Report of the Municipal Commissioner on the plague in Bombay for the year ending 31st May... - Volume 3
Disease focus: Plague
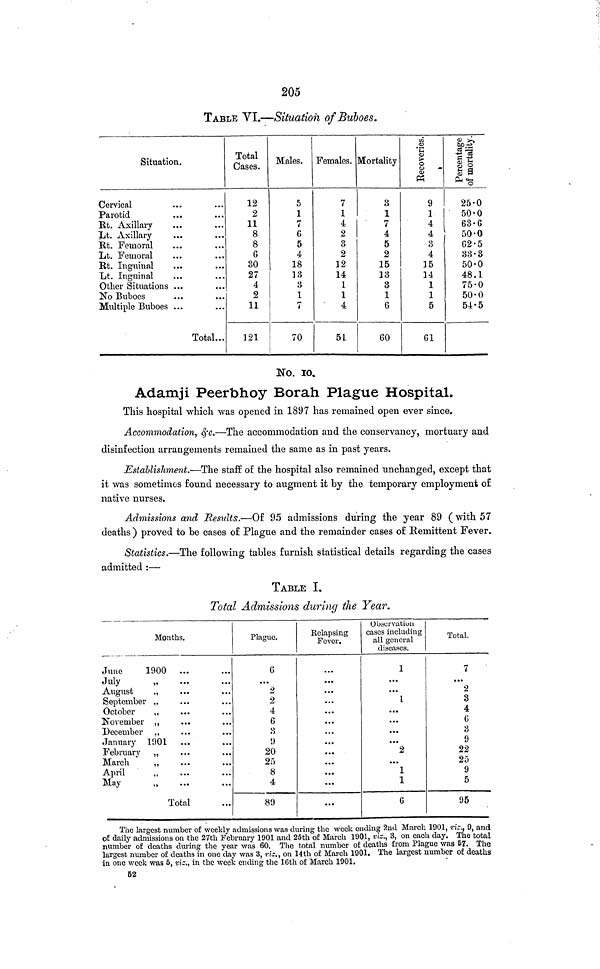
205
TABLE VI.—Situation of Buboes.
Situation.
Cervical
Parotid
Rt. Axillary
Lt. Axillary
Rt. Femoral
Lt. Femoral
Rt. Inguinal
Lt. Inguinal
Other Situations ...
No Buboes
Multiple Buboes ...
Total...
Total
Cases.
12
2
11
8
8
30
27
4
2
11
121
Males.
5
1
7
6
5
4
18
13
1
7
70
Females.
7
1
4
2
3
2
12
14
1
1
4
51
Mortality
3
1
7
4
5
2
15
13
3
1
60
9
1
4
4
3
4
15
14
1
1
5
25·0
50·0
63·6
50·0
33·3
50·0
48·1
75·0
50·0
54·5
No. 10,
Adamji Peerbhoy Borah Plague Hospital.
This hospital which was opened in 1897 has remained open ever since.
Accommodation, &c.—The accommodation and the conservancy, mortuary and
disinfection arrangements remained the same as in past years.
Establishment.—The staff of the hospital also remained unchanged, except that
it was sometimes found necessary to augment it by the temporary employment of
native nurses.
Admissions and Results.—Of 95 admissions during the year 89 ( with 57
deaths ) proved to be cases of Plague and the remainder cases of Remittent Fever.
Statistics.—The following tables furnish statistical details regarding the cases
admitted :—
TABLE I.
Total Admissions during the Year.
Months.
June
1900 ...
July
August
„
September ,,
October
,,
November „
December ,,
January 1901
February ,,
March
,,
April
May
Total
Plague.
...
2
2
4
6
3
9
20
25
8
4
89
Relapsing
Fever.
...
...
...
...
...
...
...
...
• ••
...
...
...
Observation
cases including
all general
diseases.
1
...
...
1
...
...
...
...
2
...
1
1
Total.
7
...
2
3
4
3
9
22
25
9
5
95
The largest number of weekly admissions was during the week ending 2nd March 1901, viz., 9, and
of daily admissions on the 27th February 1901 and 25th of March 1901, viz., 3, on each day. The total
number of deaths during the year was 60. The total number of deaths from Plague was 57. The
largest number of deaths in one day was 3, viz, on 14th of March 1901. The largest number of deaths
in one week was 5, viz., in the week ending the 16th of March 1901.
52